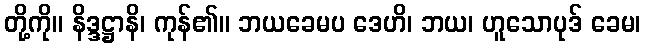
တို့ကို။ နိဒ္ဒဋ္ဌာနိ၊ ကုန်၏။ ဘယခေမပ ဒေဟိ၊ ဘယ၊ ဟူသောပုဒ် ခေမ၊